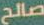
صالح